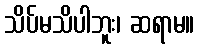
သိပ်မသိပါဘူး၊ ဆရာမ။